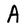
Character: A